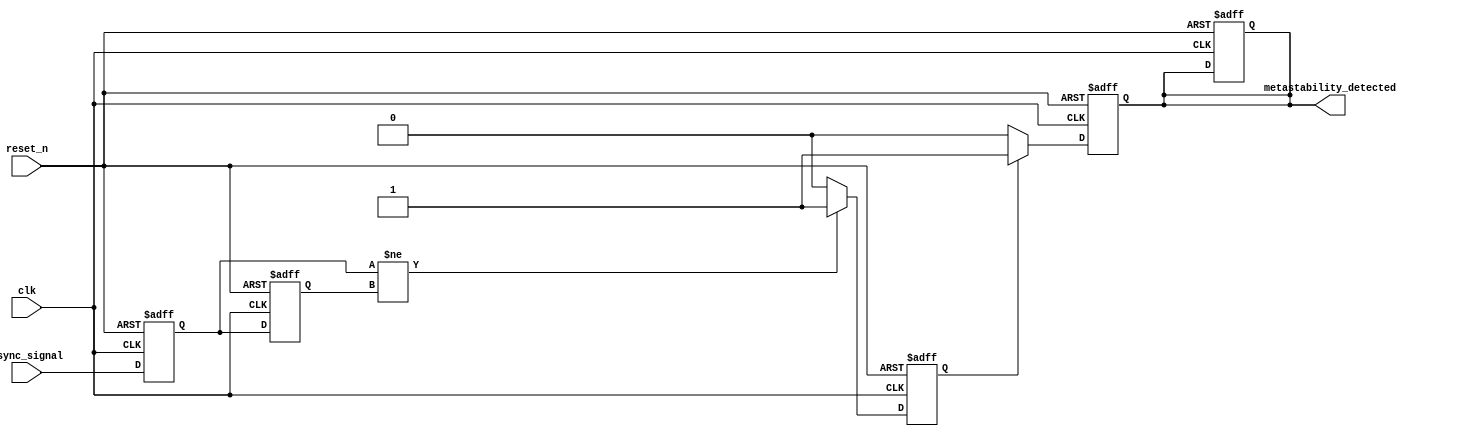
module metastability_detector (
    input  wire clk,          // Clock signal
    input  wire reset_n,      // Active low reset signal
    input  wire async_signal,  // Asynchronous input signal to be monitored
    output reg  metastability_detected // Output pulse indicating metastability
);

    // Internal signals to capture flip-flop outputs
    reg ff1, ff2;
    reg pulse_gen;

    // Sequential logic for D Flip-Flops
    always @(posedge clk or negedge reset_n) begin
        if (!reset_n) begin
            ff1 <= 1'b0;
            ff2 <= 1'b0;
        end else begin
            ff1 <= async_signal;  // Sample async_signal on clock edge
            ff2 <= ff1;           // Sample output of first FF on next clock edge
        end
    end

    // Pulse generation logic
    always @(posedge clk or negedge reset_n) begin
        if (!reset_n) begin
            pulse_gen <= 1'b0;
            metastability_detected <= 1'b0;
        end else begin
            if (ff1 != ff2) begin
                pulse_gen <= 1'b1; // Indicate metastability condition
            end else begin
                pulse_gen <= 1'b0; // Clear pulse if no metastability detected
            end
        end
    end

    // Timer logic to create a pulse duration (optional logic)
    always @(posedge clk or negedge reset_n) begin
        if (!reset_n) begin
            metastability_detected <= 1'b0;
        end else begin
            // Generate output pulse for a fixed duration (for example: 2 clock cycles)
            if (pulse_gen) begin
                metastability_detected <= 1'b1;
            end else if (metastability_detected) begin
                metastability_detected <= 1'b0; // Clear pulse after duration
            end
        end
    end

endmodule